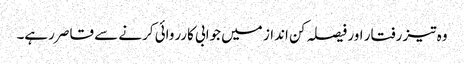
وہ تیز رفتار اور فیصلہ کن انداز میں جوابی کارروائی کرنے سے قاصر رہے۔